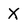
Character: X